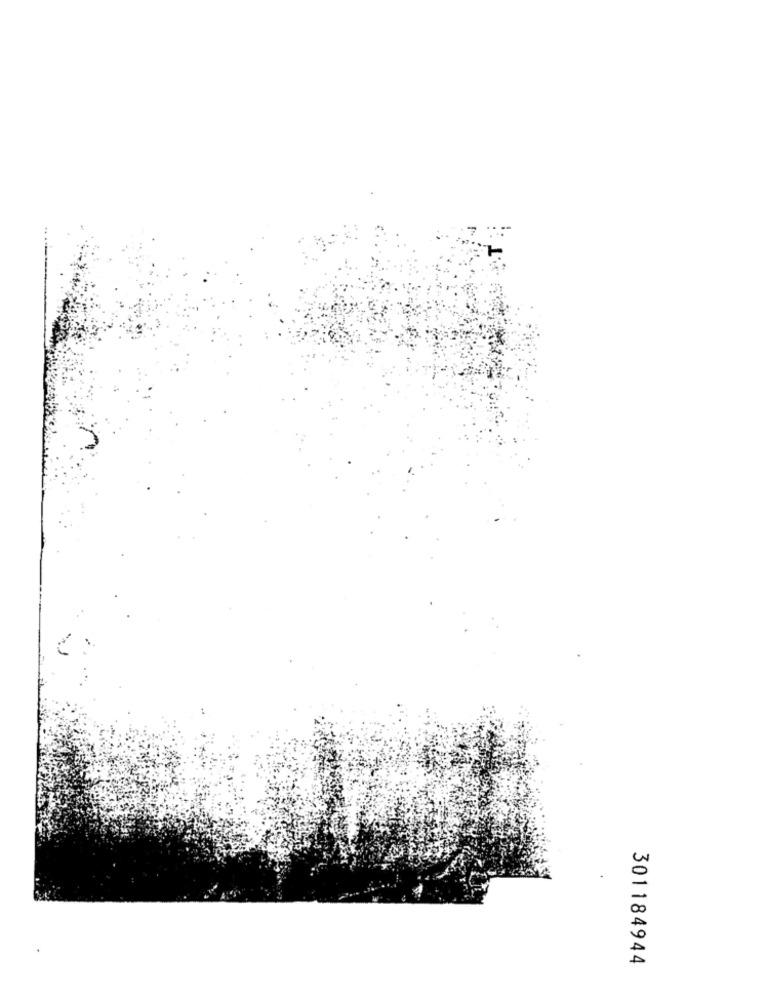
301184944